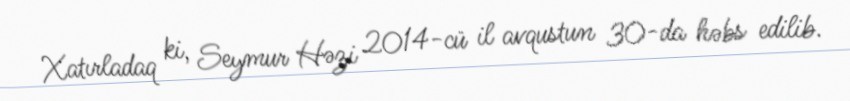
Xatırladaq ki, Seymur Həzi 2014-cü il avqustun 30-da həbs edilib.